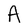
Character: A